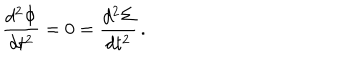
LaTeX: { \frac { d ^ { 2 } \Phi } { d t ^ { 2 } } } = 0 = { \frac { d ^ { 2 } \Sigma } { d t ^ { 2 } } } \, .